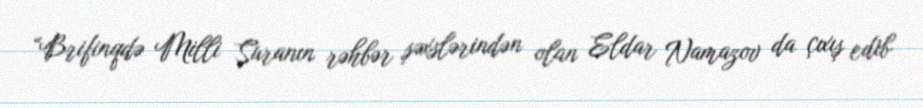
“Brifinqdə Milli Şuranın rəhbər şəxslərindən olan Eldar Namazov da çıxış edib